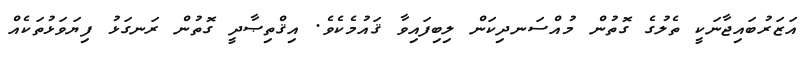
އަޒަރުބައިޖާނަކީ ތެލުގެ ގޮތުން މުއްސަނދިކަން ލިބިފައިވާ ޤައުމެކެވެ. އިޤްތިޞާދީ ގޮތުން ރަނގަޅު ފިޔަވަޅުތަކެއް